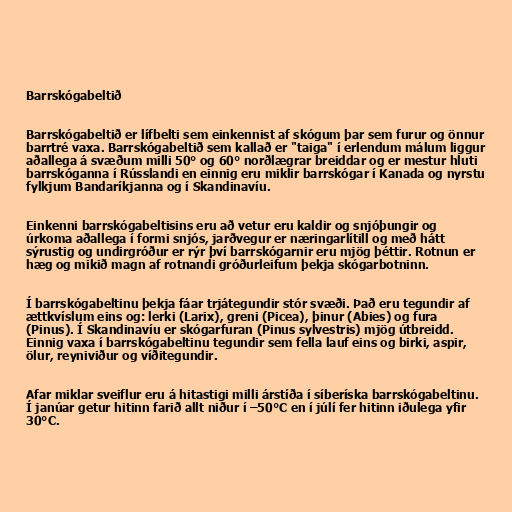
Barrskógabeltið

Barrskógabeltið er lífbelti sem einkennist af skógum þar sem furur og önnur
barrtré vaxa. Barrskógabeltið sem kallað er "taiga" í erlendum málum liggur
aðallega á svæðum milli 50° og 60° norðlægrar breiddar og er mestur hluti
barrskóganna í Rússlandi en einnig eru miklir barrskógar í Kanada og nyrstu
fylkjum Bandaríkjanna og í Skandinavíu.

Einkenni barrskógabeltisins eru að vetur eru kaldir og snjóþungir og
úrkoma aðallega í formi snjós, jarðvegur er næringarlítill og með hátt
sýrustig og undirgróður er rýr því barrskógarnir eru mjög þéttir. Rotnun er
hæg og mikið magn af rotnandi gróðurleifum þekja skógarbotninn.

Í barrskógabeltinu þekja fáar trjátegundir stór svæði. Það eru tegundir af
ættkvíslum eins og: lerki (Larix), greni (Picea), þinur (Abies) og fura
(Pinus). Í Skandinavíu er skógarfuran (Pinus sylvestris) mjög útbreidd.
Einnig vaxa í barrskógabeltinu tegundir sem fella lauf eins og birki, aspir,
ölur, reyniviður og víðitegundir.

Afar miklar sveiflur eru á hitastigi milli árstíða í síberíska barrskógabeltinu.
Í janúar getur hitinn farið allt niður í –50°C en í júlí fer hitinn iðulega yfir
30°C.